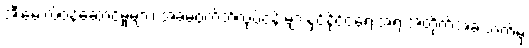
အီးမေးလ်ဝန်ဆောင်မှုများ၊ အခမဲ့ဝက်ဘ်လုပ်ငန်းများနှင့်နိုင်ငံရေးအရ အတိုက်အခံ ဘက်မှ